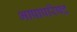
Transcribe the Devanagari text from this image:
भाषापरिषद